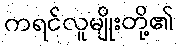
ကရင်လူမျိုးတို့၏